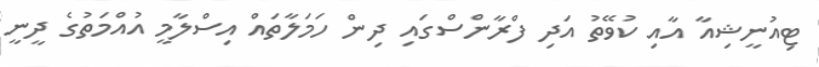
ޓިއުނީޝިއާ އާއި ކުވޭތު އަދި ފްރާންސްގައި ދިން ހަމަލާތައް އިސްލާމީ އުއްމަތުގެ ދީނީ